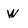
Character: w